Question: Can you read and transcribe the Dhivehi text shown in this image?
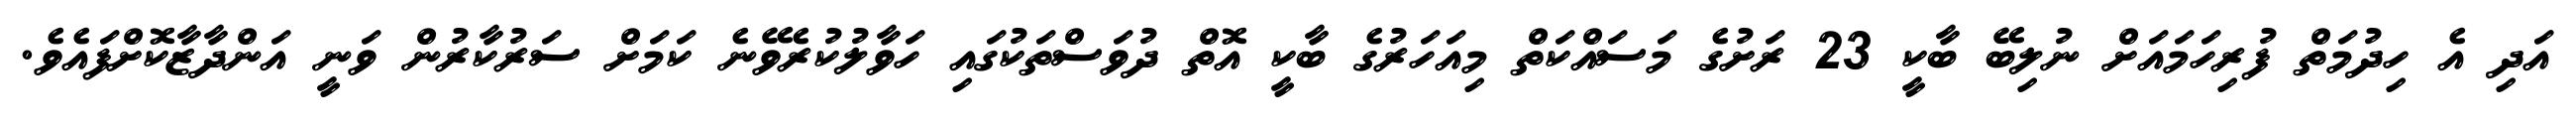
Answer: އަދި އެ ހިދުމަތް ފުރިހަމައަށް ނުލިބޭ ބާކީ 23 ރަށުގެ މަސައްކަތް މިއަހަރުގެ ބާކީ އޮތް ދުވަސްތަކުގައި ހަވާލުކުރެވޭނެ ކަމަށް ސަރުކާރުން ވަނީ އަންދާޒާކޮށްފައެވެ.